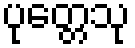
ပုတ္တေသု